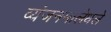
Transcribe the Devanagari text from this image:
व्यंजनमालेधले